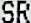
SR